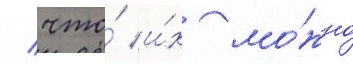
/ что́ и́х мо́жно